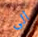
الى